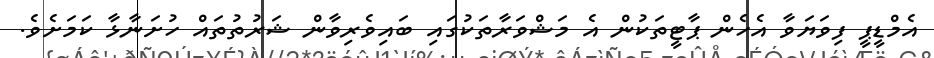
އެމްޑީޕީ ފިވަޔަވާ އެހެން ޕާޓީތަކުން އެ މަޝްވަރާތަކުގައި ބައިވެރިވާން ޝަރުތުތައް ހުށަނާޅާ ކަމަށެވެ.